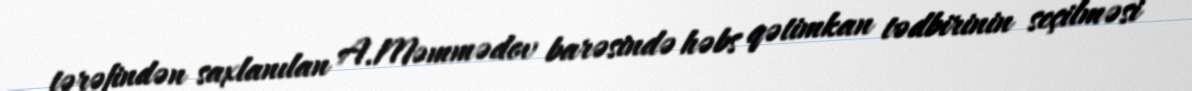
tərəfindən saxlanılan A.Məmmədov barəsində həbs qətimkan tədbirinin seçilməsi